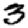
Digit: 3